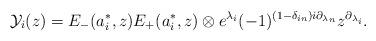
LaTeX: \begin{align*}\mathcal{Y}_i(z)=E_{-}(a_{i}^{*},z)E_{+}(a_{i}^{*},z)\otimes e^{\lambda_{i}}(-1)^{(1-\delta_{in})i \partial_{\lambda_{n}}}z^{\partial_{\lambda_{i}}}.\end{align*}